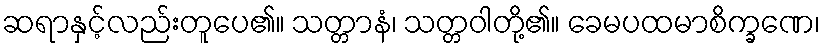
ဆရာနှင့်လည်းတူပေ၏။ သတ္တာနံ၊ သတ္တဝါတို့၏။ ခေမပထမာစိက္ခဏေ၊